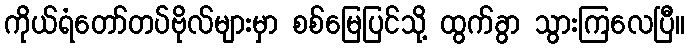
ကိုယ်ရံတော်တပ်ဗိုလ်များမှာ စစ်မြေပြင်သို့ ထွက်ခွာ သွားကြလေပြီ။